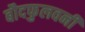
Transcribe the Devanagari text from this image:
बौदफुलवनी